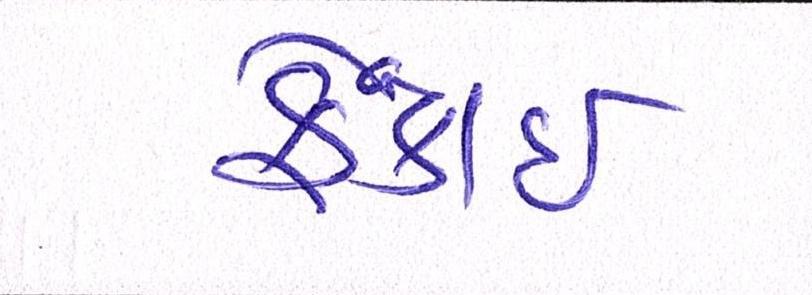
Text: ફેંકાઈ